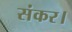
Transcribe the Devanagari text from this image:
संकर।